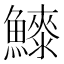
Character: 𱇀